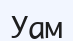
Уам